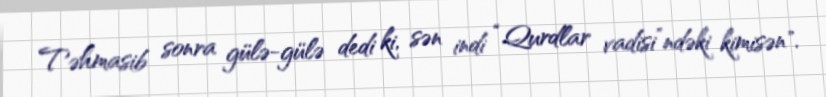
Təhmasib sonra gülə-gülə dedi ki, sən indi “Qurdlar vadisi”ndəki kimisən".